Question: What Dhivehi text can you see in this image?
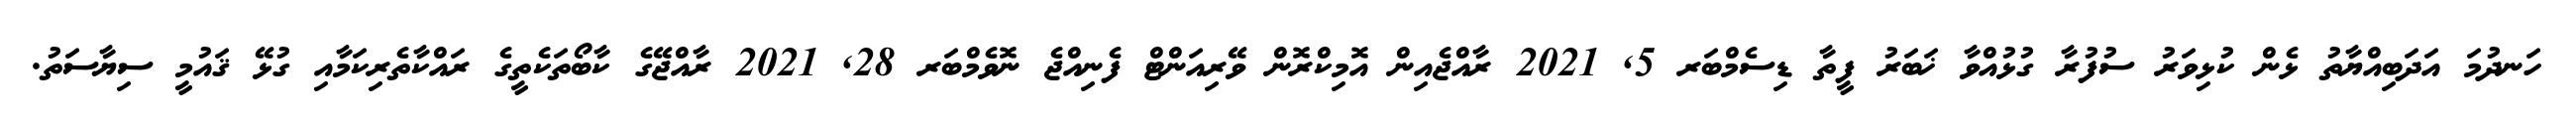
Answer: ހަނދުމަ އަދަބިއްޔާތު ޅެން ކުޅިވަރު ސުފުރާ ގުޅުއްވާ ޚަބަރު ފީތާ ޑިސެމްބަރ 5, 2021 ރާއްޖެއިން އޮމިކްރޮން ވޭރިއަންޓް ފެނިއްޖެ ނޮވެމްބަރ 28, 2021 ރާއްޖޭގެ ކާބޯތަކެތީގެ ރައްކާތެރިކަމާއި ގުޅޭ ޤައުމީ ސިޔާސަތު.